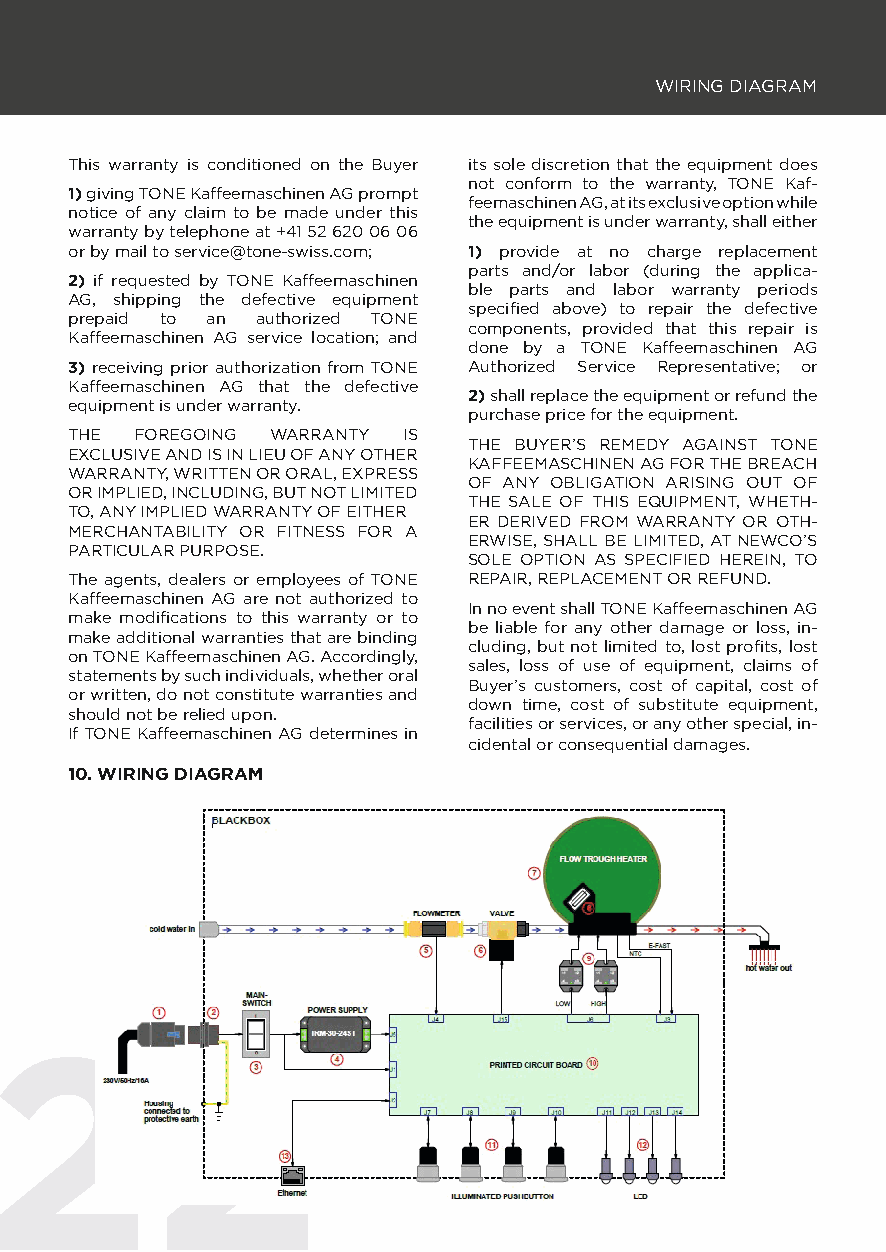
WIRING DIAGRAM
 This warranty is conditioned on the Buyer its sole discretion that the equipment does
 not conform to the warranty, TONE Kaf-
 1) giving TONE Kaffeemaschinen AG prompt
 feemaschinen AG, at its exclusive option while
 notice of any claim to be made under this
 the equipment is under warranty, shall either
 warranty by telephone at +41 52 620 06 06
 or by mail to service@tone-swiss.com; 1) provide at no charge replacement
 parts and/or labor (during the applica-
 2) if requested by TONE Kaffeemaschinen
 ble parts and labor warranty periods
 AG, shipping the defective equipment
 specifi ed above) to repair the defective
 prepaid to an authorized TONE
 components, provided that this repair is
 Kaffeemaschinen AG service location; and
 done by a TONE Kaffeemaschinen AG
 3) receiving prior authorization from TONE Authorized Service Representative; or
 Kaffeemaschinen AG that the defective
 2) shall replace the equipment or refund the
 equipment is under warranty.
 purchase price for the equipment.
 THE FOREGOING WARRANTY IS
 THE BUYER’S REMEDY AGAINST TONE
 EXCLUSIVE AND IS IN LIEU OF ANY OTHER
 KAFFEEMASCHINEN AG FOR THE BREACH
 WARRANTY, WRITTEN OR ORAL, EXPRESS
 OF ANY OBLIGATION ARISING OUT OF
 OR IMPLIED, INCLUDING, BUT NOT LIMITED
 THE SALE OF THIS EQUIPMENT, WHETH-
 TO, ANY IMPLIED WARRANTY OF EITHER
 ER DERIVED FROM WARRANTY OR OTH-
 MERCHANTABILITY OR FITNESS FOR A
 ERWISE, SHALL BE LIMITED, AT NEWCO’S
 PARTICULAR PURPOSE.
 SOLE OPTION AS SPECIFIED HEREIN, TO
 The agents, dealers or employees of TONE REPAIR, REPLACEMENT OR REFUND.
 Kaffeemaschinen AG are not authorized to
 In no event shall TONE Kaffeemaschinen AG
 make modifi cations to this warranty or to
 be liable for any other damage or loss, in-
 make additional warranties that are binding
 cluding, but not limited to, lost profi ts, lost
 on TONE Kaffeemaschinen AG. Accordingly,
 sales, loss of use of equipment, claims of
 statements by such individuals, whether oral
 Buyer’s customers, cost of capital, cost of
 or written, do not constitute warranties and
 down time, cost of substitute equipment,
 should not be relied upon.
 facilities or services, or any other special, in-
 If TONE Kaffeemaschinen AG determines in
 cidental or consequential damages.
 10. WIRING DIAGRAM
 22